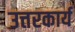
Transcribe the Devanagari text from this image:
उत्तरकार्य